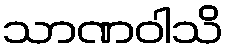
သာဏဝါသိ